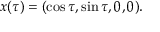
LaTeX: x ( \tau ) = ( \cos \tau , \sin \tau , 0 , 0 ) .